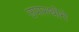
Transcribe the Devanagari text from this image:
उपास्थीने